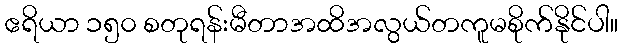
ဧရိယာ ၁၅၀ စတုရန်းမီတာအထိအလွယ်တကူမစိုက်နိုင်ပါ။